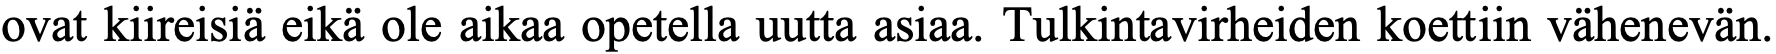
ovat kiireisiä eikä ole aikaa opetella uutta asiaa. Tulkintavirheiden koettiin vähenevän.